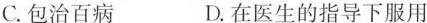
C.包治百病 D.在医生的指导下服用